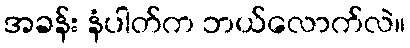
အခန်း နံပါတ်က ဘယ်လောက်လဲ။